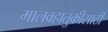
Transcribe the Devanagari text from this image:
मालवहातुकीसाठी